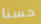
حسنا